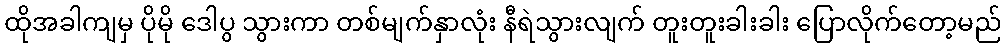
ထိုအခါကျမှ ပိုမို ဒေါပွ သွားကာ တစ်မျက်နှာလုံး နီရဲသွားလျက် တူးတူးခါးခါး ပြောလိုက်တော့မည်